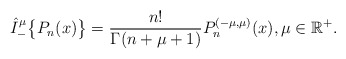
\begin{align*} \hat I_{-}^\mu\big\{P_n(x)\big\}=\frac{n!}{\Gamma(n+\mu+1)} P_n^{(-\mu,\mu)}(x),\mu\in {\mathbb R}^+. \end{align*}